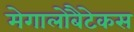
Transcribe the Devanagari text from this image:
मेगालोबैटेकस